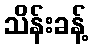
သိန်းခန့်